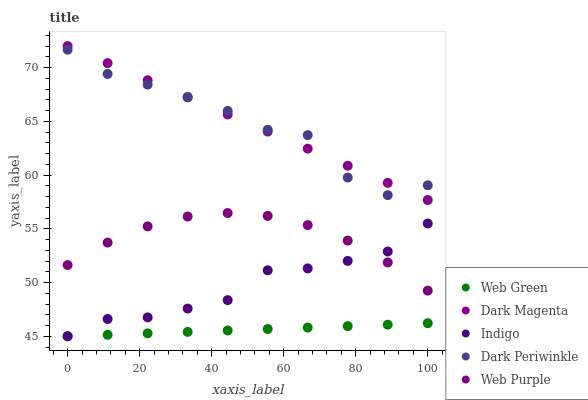
| xaxis_label | Web Green | Dark Magenta | Indigo | Dark Periwinkle | Web Purple |
 | --- | --- | --- | --- | --- | --- |
 | 0 | 45 | 72 | 45 | 71.7 | 51.6 |
 | 11.1 | 45.1 | 70.4 | 46.6 | 69.4 | 53.7 |
 | 22.2 | 45.3 | 68.8 | 46.8 | 68.4 | 55.2 |
 | 33.3 | 45.4 | 67.2 | 47.6 | 67.3 | 56.1 |
 | 44.4 | 45.5 | 65.6 | 48.4 | 66 | 56.5 |
 | 55.6 | 45.7 | 64 | 51.1 | 64.2 | 56.2 |
 | 66.7 | 45.8 | 62.5 | 51.3 | 63.7 | 55.3 |
 | 77.8 | 45.9 | 60.9 | 52 | 59.8 | 53.9 |
 | 88.9 | 46.1 | 59.3 | 52.9 | 58.1 | 51.9 |
 | 100 | 46.2 | 57.7 | 55.5 | 59 | 49.2 |